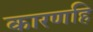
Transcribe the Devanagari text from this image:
कारणहि